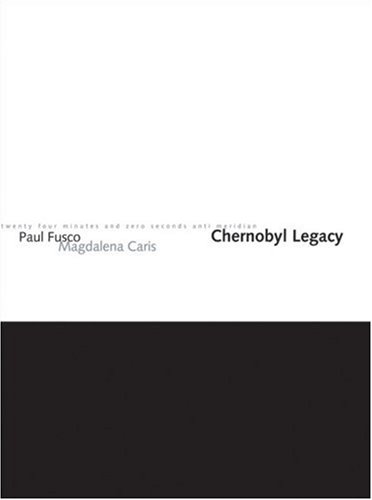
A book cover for Chernobyl Legacy; Paul Fusco; Travel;